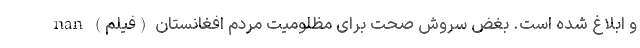
و ابلاغ شده است. بغض سروش صحت برای مظلومیت مردم افغانستان (فیلم) nan